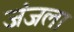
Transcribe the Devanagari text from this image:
जंजला